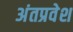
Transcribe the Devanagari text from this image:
अंतप्रवेश